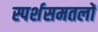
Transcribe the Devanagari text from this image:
स्पर्शसमतलों